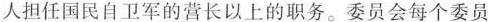
人担任国民自卫军的营长以上的职务。委员会每个委员